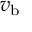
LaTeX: v _ { \mathrm { b } }